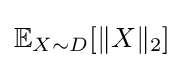
\mathbb {E} _{X\sim D}[\lVert X\rVert _{2}]